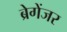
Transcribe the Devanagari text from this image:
ब्रेगेंजर